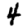
Digit: 4